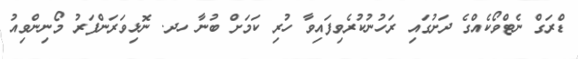
ޑްރަގް ނެޓްވޯކެއްގެ ދަށުގައި ރަހުނުކުރެވިފައިވާ ހުރި ކަމަށް ބުނާ ހދ. ނޮޅިވަރަންފަރު މޯނިންވިއު